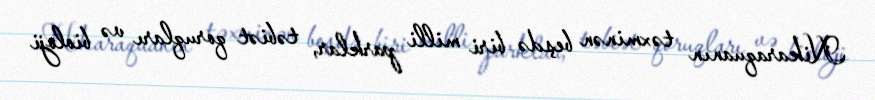
Nikaraquanın təxminən beşdə biri milli parklar, təbiət qoruqları və bioloji